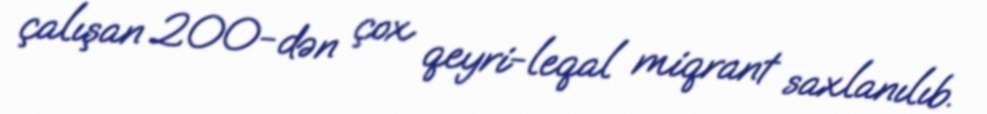
çalışan 200-dən çox qeyri-leqal miqrant saxlanılıb.